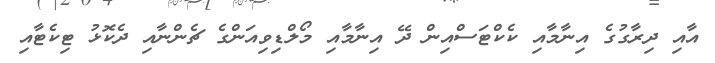
އާއި ދިރާގުގެ އިނާމާއި ކެކްޓަސްއިން ދޭ އިނާމާއި މޯލްޑިވިއަންގެ ޗެންނާއި ދެކޮޅު ޓިކެޓާއި